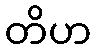
တိဟ